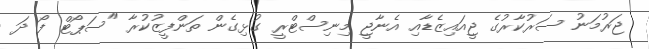
ޖަރުމަނު ސަރުކާރުގެ ޖީއައިޒެޑާއި އެނާޖީ މިނިސްޓްރީ ގުޅިގެން ތަންފީޒުކުރާ "ސަޕޯޓް ފޯ ދަ